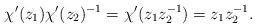
LaTeX: \begin{align*}\chi'(z_1)\chi'(z_2)^{-1}=\chi'(z_1z^{-1}_2)=z_1z^{-1}_2.\end{align*}